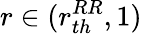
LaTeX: r\in(r_{th}^{RR},1)